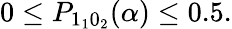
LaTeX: \begin{array}{r}{0\le P_{1_{1}0_{2}}(\alpha)\le 0.5.}\end{array}